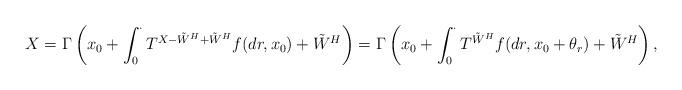
LaTeX: \begin{align*}X= \Gamma\left( x_0 + \int_0^{\cdot} T^{X - \tilde{W}^H + \tilde{W}^H} f(dr, x_0) + \tilde{W}^H \right) = \Gamma\left( x_0 + \int_0^{\cdot} T^{\tilde{W}^H} f(dr, x_0 + \theta_r ) + \tilde{W}^H \right),\end{align*}